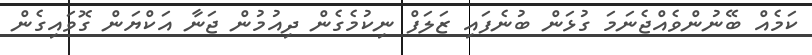
ކަމެއް ބޭނުންވެއްޖެނަމަ ގުޅަން ބުނެފައި ޒަލަފް ނިކުމެގެން ދިއުމުން ޖަނާ އަކްޔަން ގޮވައިގެން